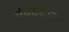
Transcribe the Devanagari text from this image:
संवददाता